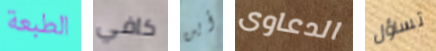
الطبعة كافي أين الدعاوى تساؤل